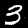
Label: 3